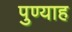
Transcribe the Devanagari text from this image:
पुण्याह